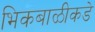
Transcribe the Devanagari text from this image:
भिकबाळीकडे